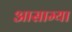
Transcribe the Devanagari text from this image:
आसाम्या